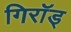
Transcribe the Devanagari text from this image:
गिरॉड्